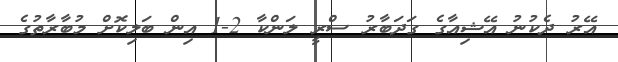
އޭރު ދެކުނު އޭޝިއާގެ ގަދަބާރު ސްރީ ލަންކާ 2-1 އިން ބަލިކޮށް މުބާރާތުގެ